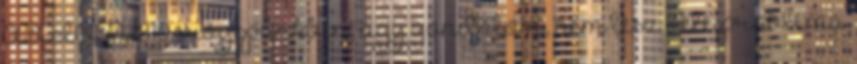
AXION 810 erőgépünkben, úgy gondolom, nem lesz vele probléma